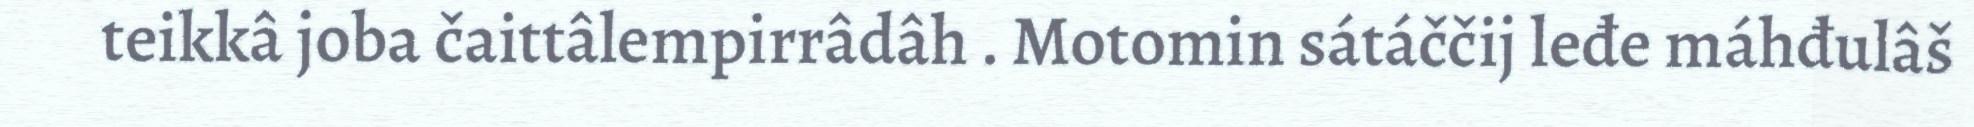
teikkâ joba čaittâlempirrâdâh . Motomin sátáččij leđe máhđulâš